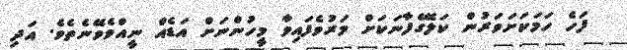
ފަހެ ހަމަކަށަވަރުން ކަލޭގެފާނަކަށް މަރުވެފައިވާ މީހުންނަށް އަޑެއް ނީއްވެވޭނެތެވެ. އަދި